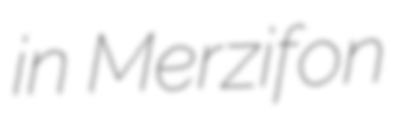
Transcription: in Merzifon